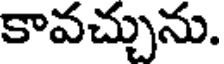
కావచ్చును.